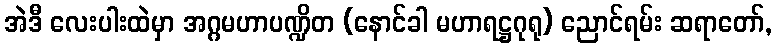
အဲဒီ လေးပါးထဲမှာ အဂ္ဂမဟာပဏ္ဍိတ (နောင်ခါ မဟာရဋ္ဌဂုရု) ညောင်ရမ်း ဆရာတော်,